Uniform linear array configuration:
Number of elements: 64
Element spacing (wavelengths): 0.5
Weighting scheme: exponential
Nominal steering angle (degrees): -15
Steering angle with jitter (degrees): -13.34
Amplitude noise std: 0.05
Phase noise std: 0.05

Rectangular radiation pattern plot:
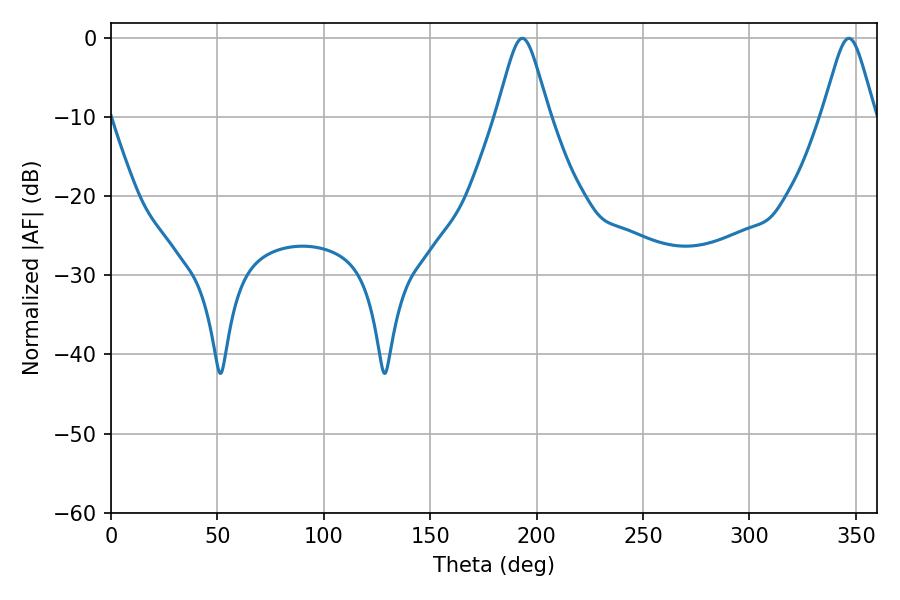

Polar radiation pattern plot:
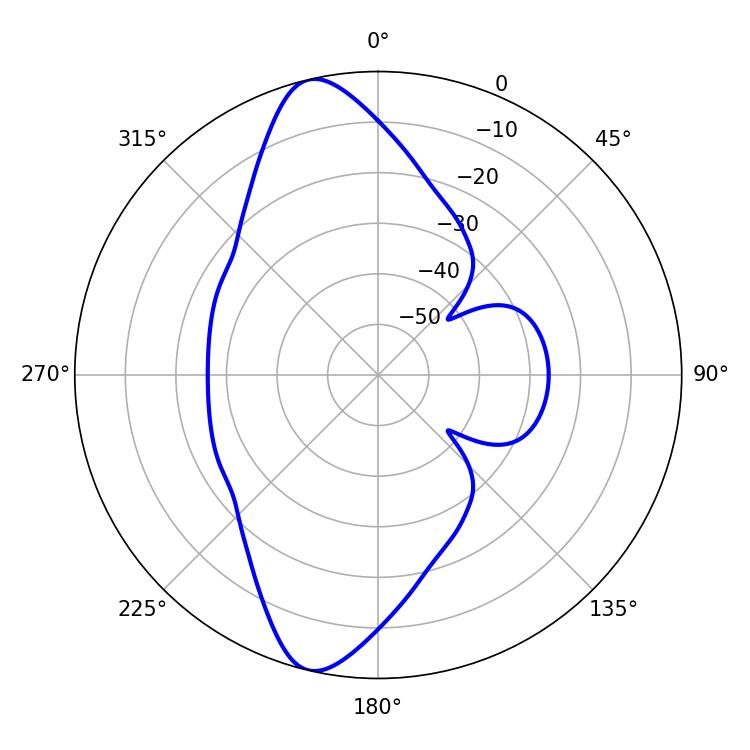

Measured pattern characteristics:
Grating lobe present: FALSE
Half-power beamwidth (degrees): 11.88
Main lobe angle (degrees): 193.32